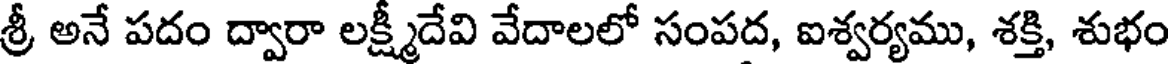
శ్రీ అనే పదం ద్వారా లక్ష్మీదేవి వేదాలలో సంపద, ఐశ్వర్యము, శక్తి, శుభం